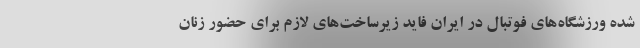
شده ورزشگاه‌های فوتبال در ایران فاید زیرساخت‌های لازم برای حضور زنان